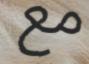
مع